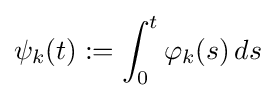
\psi _{k}(t):=\int _{0}^{t}\varphi _{k}(s)\,ds